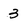
Character: 3